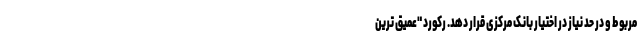
مربوط و در حد نیاز در اختیار بانک مرکزی قرار دهد. رکورد "عمیق ترین